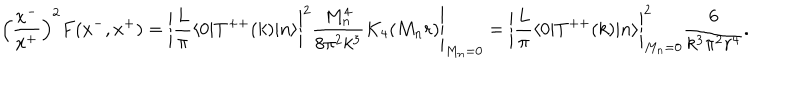
\left( \frac { x ^ { - } } { x ^ { + } } \right) ^ { 2 } F ( x ^ { - } , x ^ { + } ) = \left. \left| { \frac { L } { \pi } } \langle 0 | T ^ { + + } ( k ) | n \rangle \right| ^ { 2 } { \frac { M _ { n } ^ { 4 } } { 8 \pi ^ { 2 } k ^ { 3 } } } K _ { 4 } ( M _ { n } r ) \right| _ { M _ { n } = 0 } = \left| { \frac { L } { \pi } } \langle 0 | T ^ { + + } ( k ) | n \rangle \right| _ { M _ { n } = 0 } ^ { 2 } { \frac { 6 } { k ^ { 3 } \pi ^ { 2 } r ^ { 4 } } } .